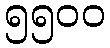
၅၅၀၀